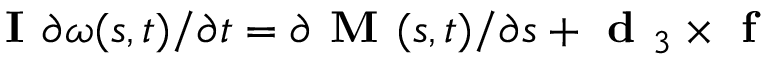
\textbf { I } \partial \boldsymbol { \omega } ( s , t ) / \partial t = \partial \textbf { M } ( s , t ) / \partial s + \textbf { d } _ { 3 } \times \textbf { f }